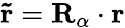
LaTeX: \mathbf{\tilde{r}}=\mathbf{R}_{\alpha}\cdot\mathbf{r}